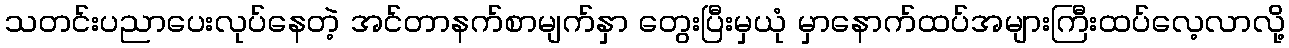
သတင်းပညာပေးလုပ်နေတဲ့ အင်တာနက်စာမျက်နှာ တွေးပြီးမှယုံ မှာနောက်ထပ်အများကြီးထပ်လေ့လာလို့